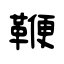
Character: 鞭